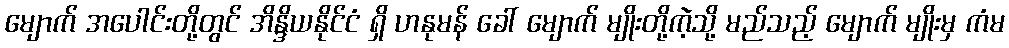
မျောက် အပေါင်းတို့တွင် အိန္ဒိယနိုင်ငံ ရှိ ဟနုမန် ခေါ် မျောက် မျိုးတို့ကဲ့သို့ မည်သည့် မျောက် မျိုးမှ ကံမ